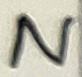
Text: N